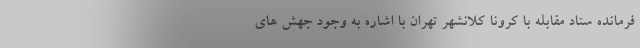
فرمانده ستاد مقابله با کرونا کلانشهر تهران با اشاره به وجود جهش های